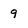
Character: 9